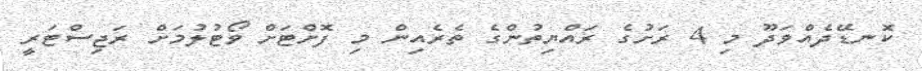
ކޮނޑޭދެއްވަދޫ މި 4 ރަށުގެ ރައްޔިތުންގެ ތެރެއިން މި ފޮށްޓަށް ވޯޓުލުމަށް ރަޖިސްޓަރީ